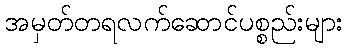
အမှတ်တရလက်ဆောင်ပစ္စည်းများ